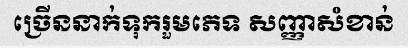
ច្រើននាក់ទុករួមភេទ សញ្ញាសំខាន់